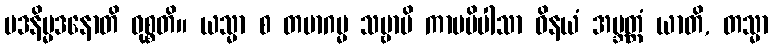
မဒနိမ္မဒနောတိ ဝုစ္စတိ။ ယသ္မာ စ တမာဂမ္မ သဗ္ဗာပိ ကာမပိပါသာ ဝိနယံ အဗ္ဘတ္ထံ ယာတိ, တသ္မာ